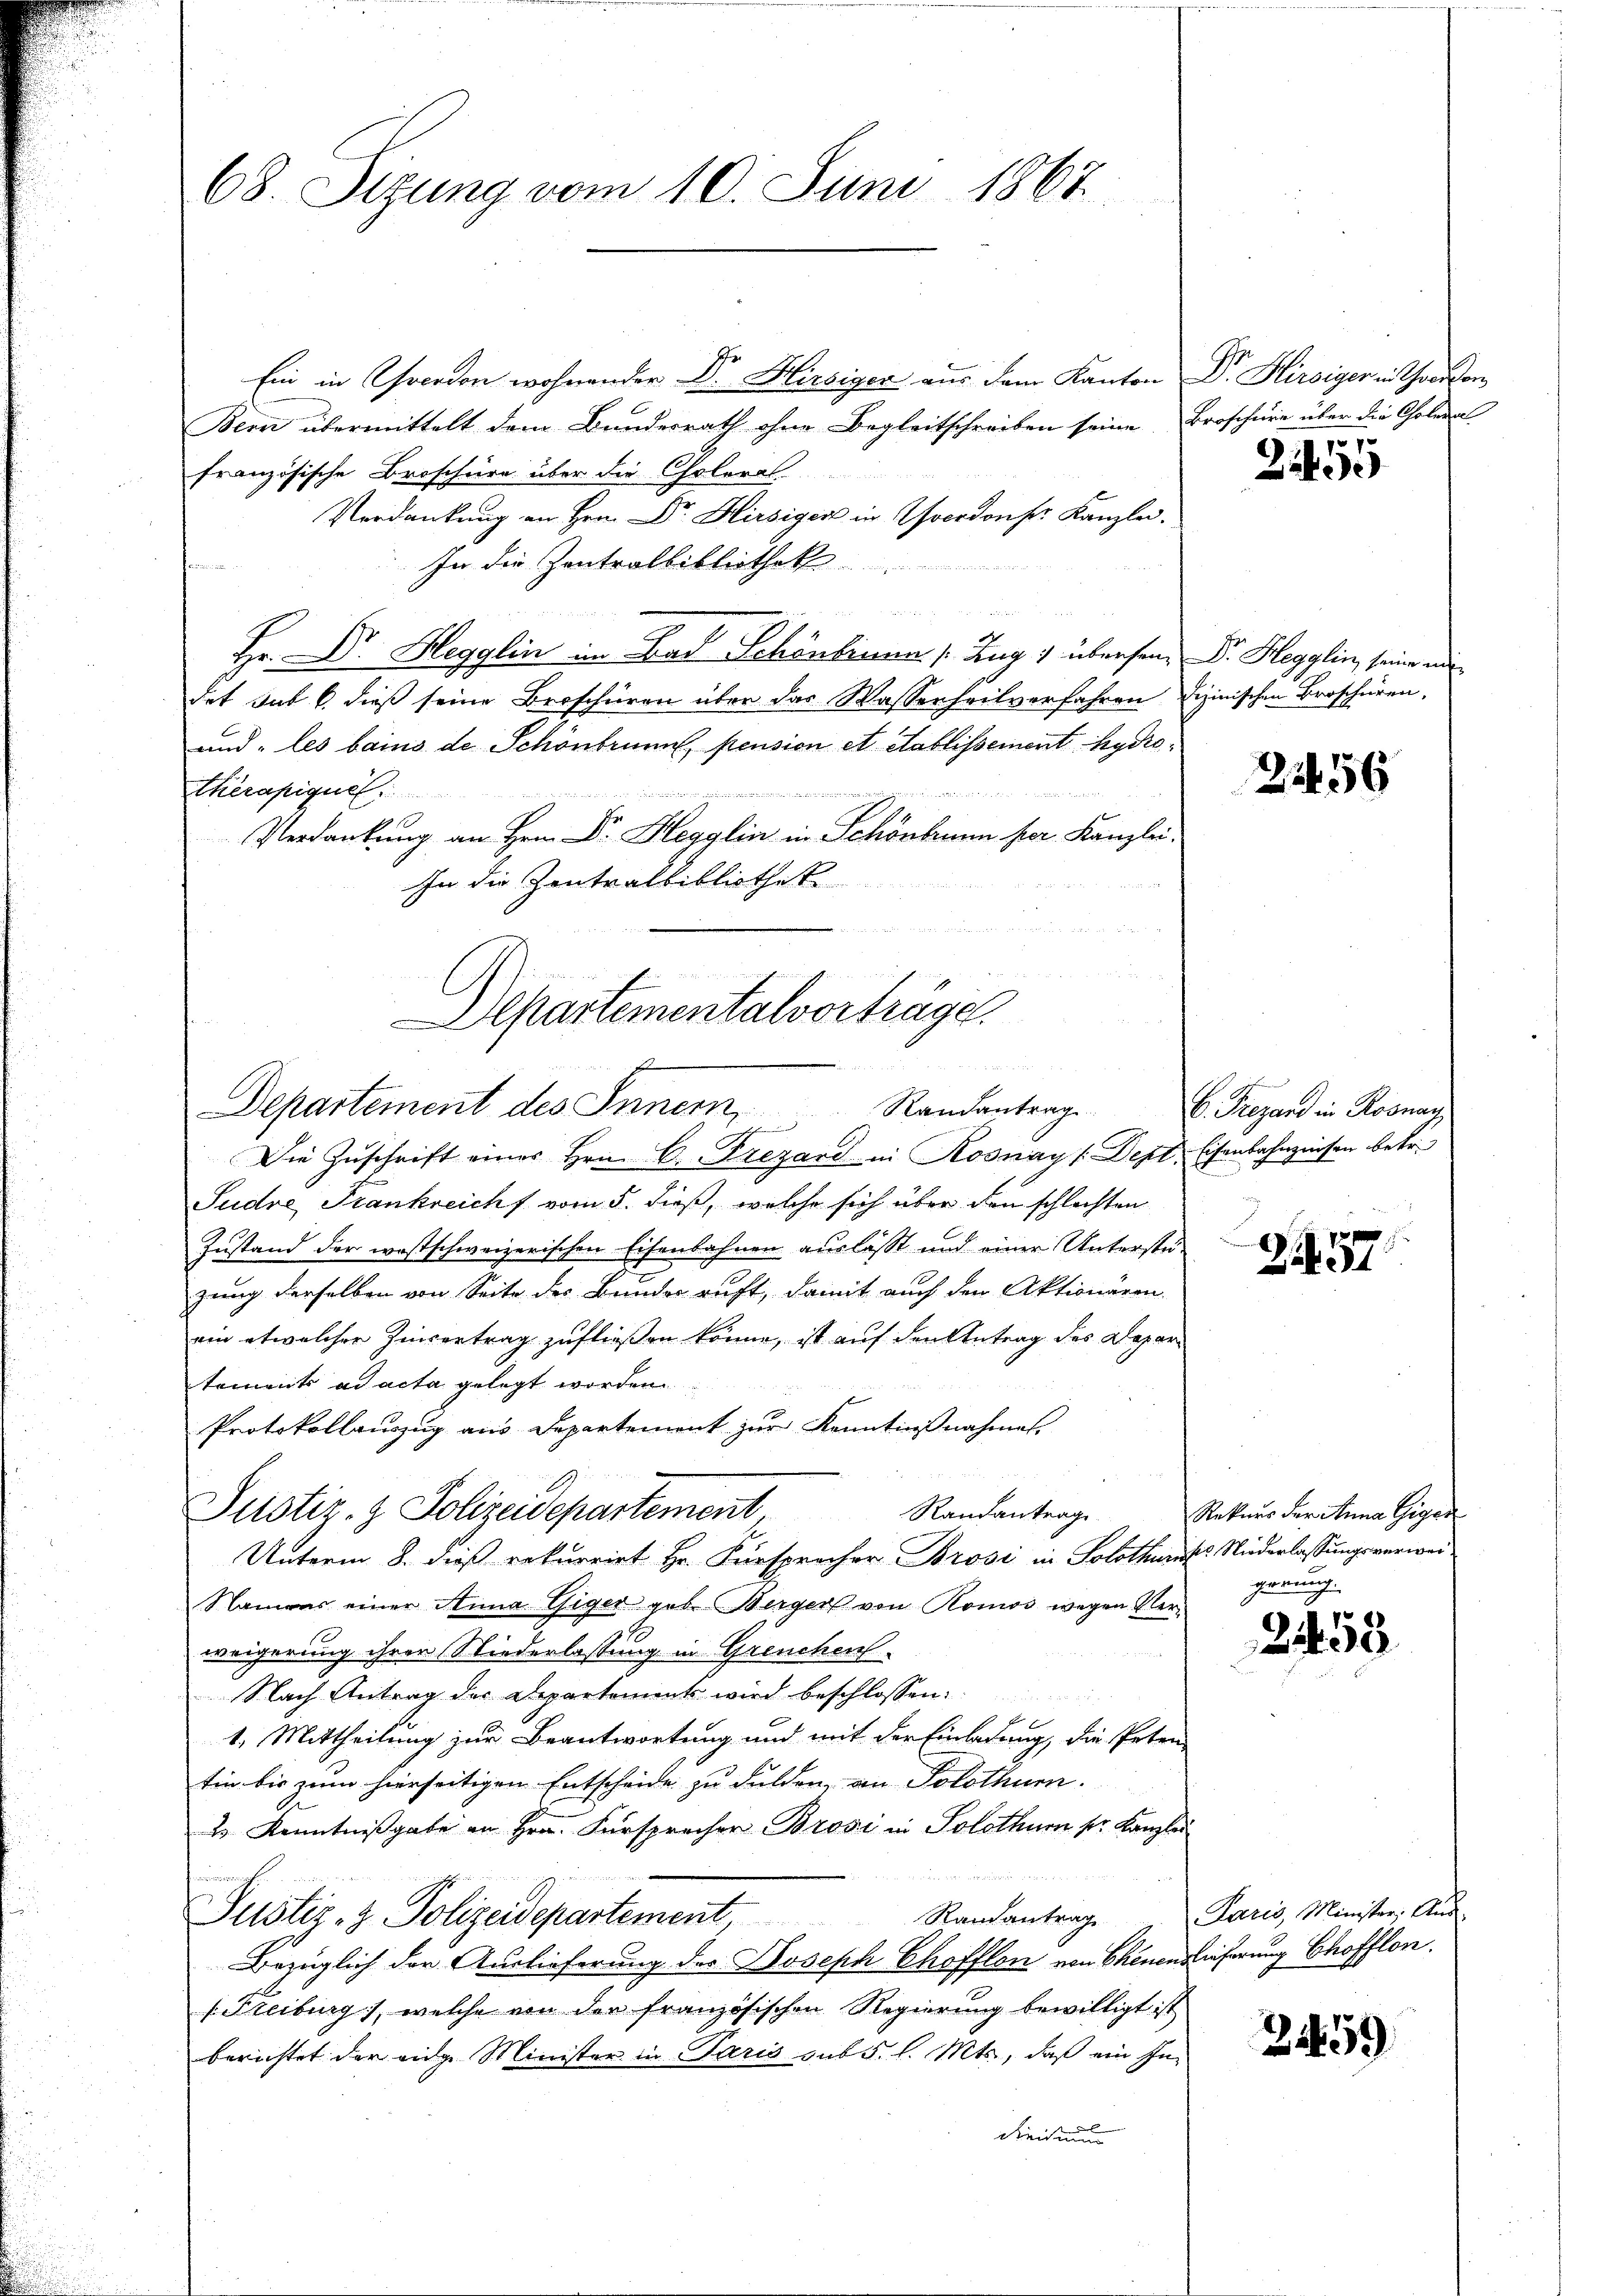
68. Sizung vom 10. Juni 1867.

Ein in Choerden wohnender Dr. Hirsiger aus dem Kanton
Bern übermittelt dem Bundesrath ohne Begleitschreiben seine
französische Broschüre über die Choleral
Verdankung an Hrn. Dr. Hirsiger in Wocedons Kanzlei.
In die Zentralbibliothek
e
e
Hr. Dr. Hegglin im Bad Schönbinner /: Zug 4 übersame Dr. Hegglin, seine an
det sub b. dieß seine Broschüren über das Wasserheilverfahren
und „les bains de Schönbrunn, pension et etablissement hydro
therapique.
d sich eines seiner eines und wiedenen inneren einer wiederung
Verdankung an Hrn. Dr. Hegglin in Schönbrunn per Kanzlei¬
In die Zentralbibliothek
C
Die Zŭschrift eines Hrn. A. Frezard in Rosnayt Dept.
Pudve, Frankreichs vom 5. dieß, welche sich über den schlechten
Zustand der westschweizerischen Eisenbahnen auslässt und einer Unterstüzung derselben von Seite des Bundes ruft, damit auch den Aktionären.
ein etwelcher Zinvertrag zufließen könne, ist auf den Antrag des Departements ad acta gelegt worden
Protokollauszug aus Departement zur Kenntnißnahmen.
Justiz- & Polizeidepartement, Randantrage
Unterm 8. dieß rekurrirt Hr. Fürsprocher Brosi in Solothurn
Namens einer Anna Giger geb. Werger von Romos wegen Verweigerung ihrer Niederlassung in Greuchen.
Nach Antrag des Departements wird beschlossen:
r
1. Mittheilung zur Beantwortung und mit der Einladung, die Peten
tin bis zum hierseitigen Entscheide zu dulden, an Solothurn.
2 Kenntnißgabe an Hrn. Fürsprecher Brosi in Solothurn pr. Kanzl

Randantrag
Justiz- & Polizeidepartement
Bezüglich der Auslieferung des Joseph Chofflon von Chenen
Freiburg), welche von der französischen Regierung bewilligt ist
berichtet der eidge Minister in Paris sub 5. l. Mts., daß ein Ihn
dreisau

u

Departementalverträge.
Departement des Inner, Randantrage

Dr. Hirsiger in Chaison
Broschüre über die Choleral
.

Zei

dizinischen Broschüren,

21456

b. Fregard in Rosnay
Eisenbahngeisen betr.

2257

Rekurs der Anna Giger
ses Niederlassungsverweigerung.

2253

Paris, Minister, Aus
Einförung Chofflon.

2459